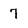
Character: 7